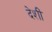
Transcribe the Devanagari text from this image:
देशीं